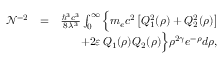
\begin{array} { r l r } { \mathcal { N } ^ { - 2 } } & { = } & { \frac { \hbar ^ { 3 } c ^ { 3 } } { 8 \lambda ^ { 3 } } \int _ { 0 } ^ { \infty } \Big \{ m _ { e } c ^ { 2 } \, \big [ Q _ { 1 } ^ { 2 } ( \rho ) + Q _ { 2 } ^ { 2 } ( \rho ) \big ] } \\ & { } & { + 2 \varepsilon \, Q _ { 1 } ( \rho ) Q _ { 2 } ( \rho ) \Big \} \rho ^ { 2 \gamma } e ^ { - \rho } d \rho , } \end{array}